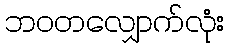
ဘဝတလျှောက်လုံး